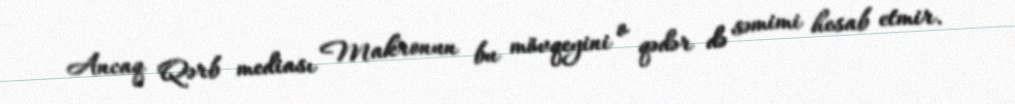
Ancaq Qərb mediası Makronun bu mövqeyini o qədər də səmimi hesab etmir.